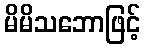
မိမိသဘောဖြင့်